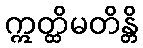
ဣတ္ထိမတိန္တိ